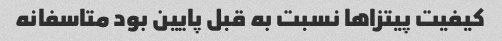
کیفیت پیتزا‌ها نسبت به قبل پایین بود متاسفانه